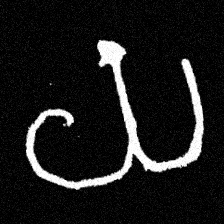
Pyu character \u2014 Myanmar letter: ယ (romanized: ya)